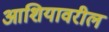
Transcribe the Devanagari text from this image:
आशियावरील